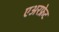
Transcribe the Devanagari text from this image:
एअरफ्रेट